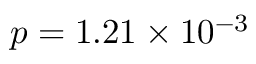
p = 1 . 2 1 \times 1 0 ^ { - 3 }